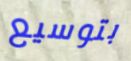
بتوسيع